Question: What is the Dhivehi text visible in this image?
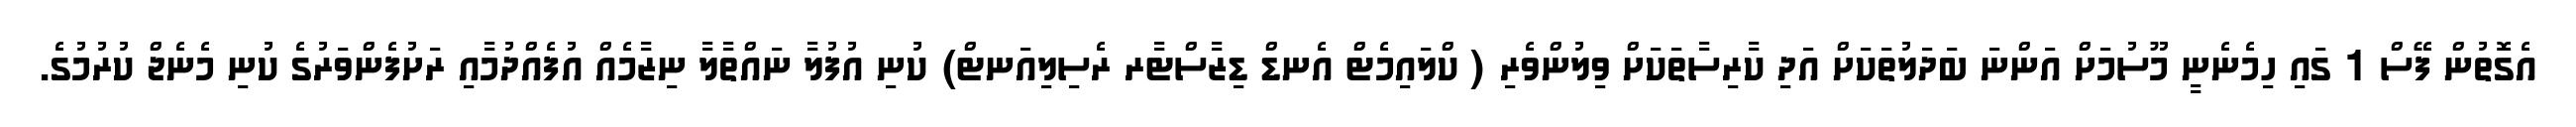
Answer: އެގޮތުން ފޭސް 1 ގައި ހިމެނެނީ މޫސުމަށް އަންނަ ބަދަލުތަކަށް އަދި ކާރިސާތަކަށް ވިލުންވެރި ( ކްލައިމެޓް އެނޑް ޑިޒާސްޓާރ ރެސިލިއަނޓް) ކުނި އުފުލާ ނައްތާލާ ނިޒާމެއް އުފެއްދުމާއި ރަށުފެންވަރުގެ ކުނި މެނެޖް ކުރުމުގެ.